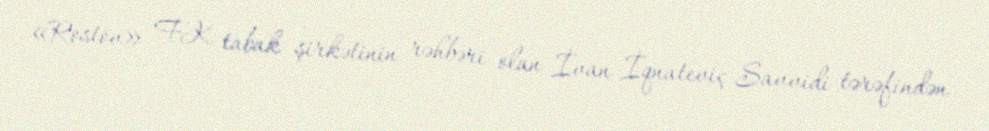
«Rostov» FK tabak şirkətinin rəhbəri olan İvan İqnateviç Savvidi tərəfindən